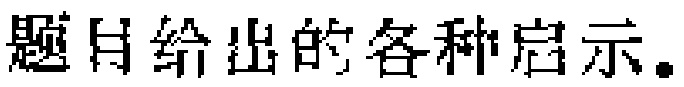
题目给出的各种启示。